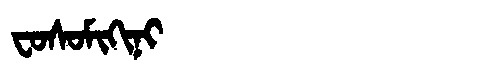
Manchu: ᠸᠣᠰᠣᠮᡳᡴᡳᠨᡳ
Romanization: FOSOMIKINI